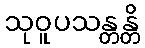
သုဝူပသန္တန္တိ